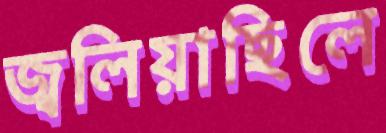
জ্বলিয়াছিলে